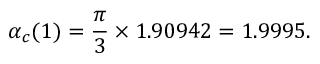
\alpha _ { c } ( 1 ) = { \frac { \pi } { 3 } } \times 1 . 9 0 9 4 2 = 1 . 9 9 9 5 .